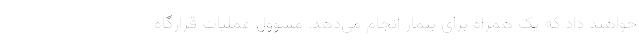
خواهند داد که یک همراه برای بیمار انجام می‌دهد. مسوول عملیات قرارگاه